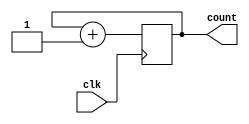
module basic_for_loop_example (
    input wire clk,
    output reg [3:0] count
);

reg [2:0] i;

always @(posedge clk) begin
    count <= 0;
    for (i = 0; i < 8; i = i + 1) begin
        count <= count + 1;
    end
end

endmodule